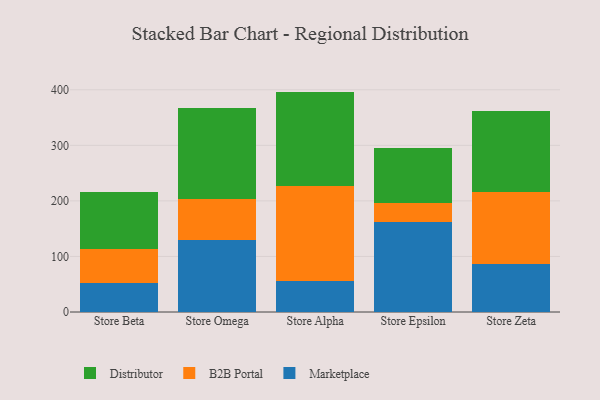
{"axis": {"x": "Store", "y": "Satisfaction Score"}, "legend": ["B2B Portal", "Distributor", "Marketplace"], "data": [{"x": "Store Beta", "y": 53.0, "type": "Marketplace"}, {"x": "Store Beta", "y": 60.9, "type": "B2B Portal"}, {"x": "Store Beta", "y": 101.8, "type": "Distributor"}, {"x": "Store Omega", "y": 129.2, "type": "Marketplace"}, {"x": "Store Omega", "y": 73.6, "type": "B2B Portal"}, {"x": "Store Omega", "y": 163.9, "type": "Distributor"}, {"x": "Store Alpha", "y": 56.3, "type": "Marketplace"}, {"x": "Store Alpha", "y": 170.6, "type": "B2B Portal"}, {"x": "Store Alpha", "y": 169.8, "type": "Distributor"}, {"x": "Store Epsilon", "y": 162.0, "type": "Marketplace"}, {"x": "Store Epsilon", "y": 34.6, "type": "B2B Portal"}, {"x": "Store Epsilon", "y": 98.3, "type": "Distributor"}, {"x": "Store Zeta", "y": 86.2, "type": "Marketplace"}, {"x": "Store Zeta", "y": 129.2, "type": "B2B Portal"}, {"x": "Store Zeta", "y": 145.6, "type": "Distributor"}]}